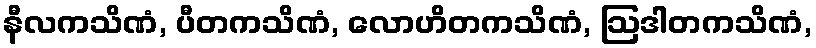
နီလကသိဏံ, ပီတကသိဏံ, လောဟိတကသိဏံ, ဩဒါတကသိဏံ,